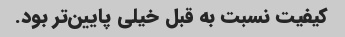
کیفیت نسبت به قبل خیلی پایین‌تر بود.